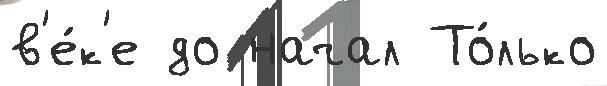
в'е́к'е до начал То́лько